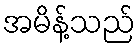
အမိန့်သည်